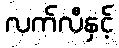
လက်လီနှင့်